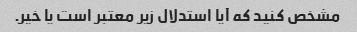
مشخص کنید که آیا استدلال زیر معتبر است یا خیر.